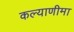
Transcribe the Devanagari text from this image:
कल्‍याणीमा